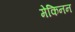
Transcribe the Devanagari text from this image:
मेकिनन